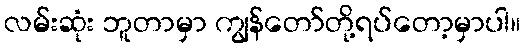
လမ်းဆုံး ဘူတာမှာ ကျွန်တော်တို့ရပ်တော့မှာပါ။